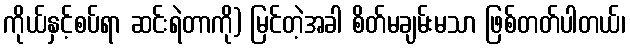
ကိုယ်နှင့်စပ်ရာ ဆင်းရဲတာကို) မြင်တဲ့အခါ စိတ်မချမ်းမသာ ဖြစ်တတ်ပါတယ်၊